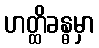
ဟတ္ထိခန္ဓမှာ